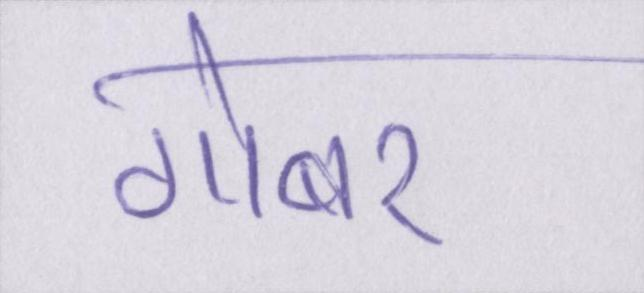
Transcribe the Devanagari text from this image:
गोबर